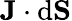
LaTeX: \mathbf{J}\cdot\mathrm{d}\mathbf{S}